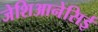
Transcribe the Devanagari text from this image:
जेशिआनेसिई